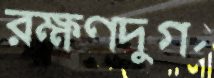
রক্ষণদুর্গ